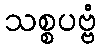
သစ္စပဗ္ဗံ